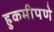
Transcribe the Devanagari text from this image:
हुकमीपणे